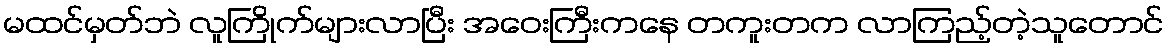
မထင်မှတ်ဘဲ လူကြိုက်များလာပြီး အဝေးကြီးကနေ တကူးတက လာကြည့်တဲ့သူတောင်